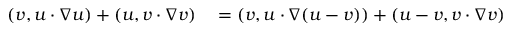
\begin{array} { r l } { ( v , u \cdot \nabla u ) + ( u , v \cdot \nabla v ) } & { { } = ( v , u \cdot \nabla ( u - v ) ) + ( u - v , v \cdot \nabla v ) } \end{array}